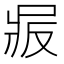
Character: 𠭝